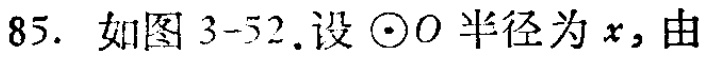
85. 如图 3-52.设$\odot O$半径为$x$,由